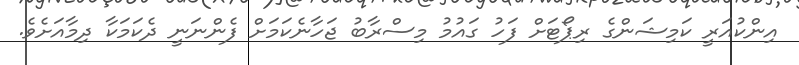
އިންކުއަރީ ކަމިޝަންގެ ރިޕޯޓަށް ފަހު ގައުމު މިސްރާބު ޖަހާނެކަމަށް ފެންނަނީ ދެކަމަކާ ދިމާއަށެވެ.